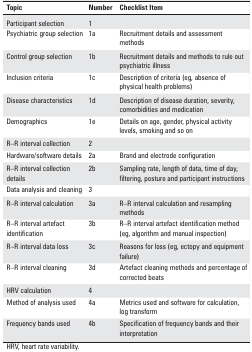
<table><thead><tr><td><b>Topic</b></td><td><b>Number</b></td><td><b>Checklist Item</b></td></tr></thead><tbody><tr><td>Participant selection</td><td>1</td><td></td></tr><tr><td>Psychiatric group selection</td><td>1a</td><td>Recruitment details and assessment methods</td></tr><tr><td>Control group selection</td><td>1b</td><td>Recruitment details and methods to rule out psychiatric illness</td></tr><tr><td>Inclusion criteria</td><td>1c</td><td>Description of criteria (eg, absence of physical health problems)</td></tr><tr><td>Disease characteristics</td><td>1d</td><td>Description of disease duration, severity, comorbidities and medication</td></tr><tr><td>Demographics</td><td>1e</td><td>Details on age, gender, physical activity levels, smoking and so on</td></tr><tr><td>R–R interval collection</td><td>2</td><td></td></tr><tr><td>Hardware/software details</td><td>2a</td><td>Brand and electrode configuration</td></tr><tr><td>R–R interval collection details</td><td>2b</td><td>Sampling rate, length of data, time of day, filtering, posture and participant instructions</td></tr><tr><td>Data analysis and cleaning</td><td>3</td><td></td></tr><tr><td>R–R interval calculation</td><td>3a</td><td>R–R interval calculation and resampling methods</td></tr><tr><td>R–R interval artefact identification</td><td>3b</td><td>R–R interval artefact identification method (eg, algorithm and manual inspection)</td></tr><tr><td>R–R interval data loss</td><td>3c</td><td>Reasons for loss (eg, ectopy and equipment failure)</td></tr><tr><td>R–R interval cleaning</td><td>3d</td><td>Artefact cleaning methods and percentage of corrected beats</td></tr><tr><td>HRV calculation</td><td>4</td><td></td></tr><tr><td>Method of analysis used</td><td>4a</td><td>Metrics used and software for calculation, log transform</td></tr><tr><td>Frequency bands used</td><td>4b</td><td>Specification of frequency bands and their interpretation</td></tr></tbody></table>